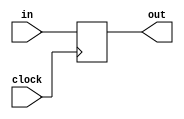
/*module registerT( input d, input clk);
	
	output reg [7:0] sR;

	sR = .flipflopT fto(input d[0], input clk, input rsnt, output reg q);
	
	sR[1] = .flipflopT fti(input d[1], input clk, input rsnt, output reg q);
	sR[2] = .flipflopT ftii(input d[2], input clk, input rsnt, output reg q);
	sR[3] = .flipflopT ftiii(input d[3], input clk, input rsnt, output reg q);
	sR[4] = .flipflopT ftiv(input d[4], input clk, input rsnt, output reg q);
	sR[5] = .flipflopT ftv(input d[5], input clk, input rsnt, output reg q);
	sR[6] = .flipflopT ftvi(input d[6], input clk, input rsnt, output reg q);
	sR[7] = .flipflopT ftvii(input d[7], input clk, input rsnt, output reg q);
	
endmodule*/


module registerT(
  input [7:0]in,
  input clock,
  output [7:0]out
);

	reg b0;
	reg b1;
	reg b2;
	reg b3;
	reg b4;
	reg b5;
	reg b6;
	reg b7;
	reg [7:0] bs;

	assign out = bs;

	always @(posedge clock) begin
	  b7 <= b6;
	  b6 <= b5;
	  b5 <= b4;
	  b4 <= b3;
	  b3 <= b2;
	  b2 <= b1;
	  b1 <= b0;
	  b0 <= in;
	end



	always @(posedge clock) begin
	  bs <= bs << 1;
	  bs <= in;
	end

endmodule